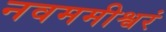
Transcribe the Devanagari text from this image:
नवममीश्वरं